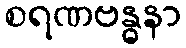
စရဏဗန္ဓနာ